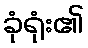
ခုံရုံး၏